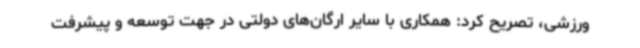
ورزشی، تصریح کرد: همکاری با سایر ارگان‌های دولتی در جهت توسعه و پیشرفت